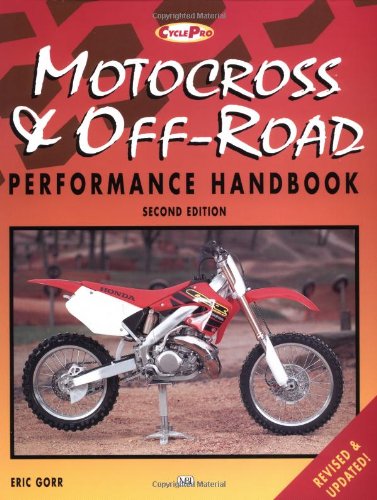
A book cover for Motorcross and Off-Road Motorcycle Performance Handbook (Motorbooks Workshop); Eric Gorr; Sports & Outdoors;